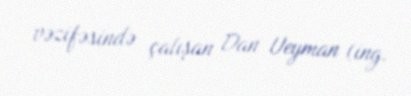
vəzifəsində çalışan Dan Ueyman (ing.